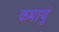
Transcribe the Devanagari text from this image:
कमायूं